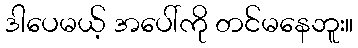
ဒါပေမယ့် အပေါ်ကို တင်မနေဘူး။